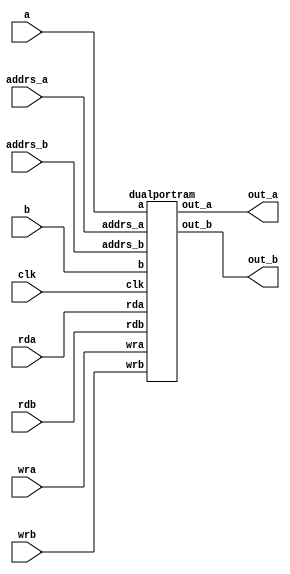
`timescale 1ns / 1ps
//////////////////////////////////////////////////////////////////////////////////
// Company: 
// Engineer: 
// 
// Design Name: 
// Module Name: dualportram
// Project Name: 
// Target Devices: 
// Tool Versions: 
// Description: 
// 
// Dependencies: 
// 
// Revision:
// Revision 0.01 - File Created
// Additional Comments:
// 
//////////////////////////////////////////////////////////////////////////////////
module Dualportram(input [7:0]a,
input [7:0]b,
input clk,
input [2:0] addrs_a,
input [2:0] addrs_b,
input wra,rda,wrb,rdb,
output [7:0] out_a,
output [7:0] out_b);
dualportram dualportram(.a(a),.wra(wra),.rda(rda),.out_a(out_a),.addrs_a(addrs_a),.b(b),.wrb(wrb),.rdb(rdb),.addrs_b(addrs_b),.clk(clk),.out_b(out_b));
endmodule

module dualportram(input [7:0]a,
input [7:0]b,
input clk,
input [2:0] addrs_a,
input [2:0] addrs_b,
input wra,rda,wrb,rdb,
output reg [7:0] out_a,
output reg [7:0] out_b);
reg [7:0] ram1[7:0];
reg [7:0] ram2[7:0];
always @(posedge clk)
begin
if(rda) 
ram1[addrs_a]<= a;
if(wra)
out_a=ram1[addrs_a];
if(rdb)
ram2[addrs_b]<=b;
if(wrb)
out_b<=ram2[addrs_b];
end
endmodule